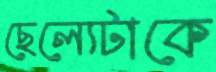
ছেল্যেটাকে